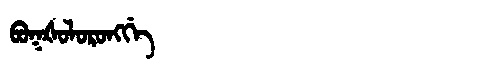
Manchu: ᠪᠣᡴᡧᠣᠯᠣᡵᠣᠩᡤᡝ
Romanization: BOKŠOLORONGGE